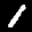
Label: 1